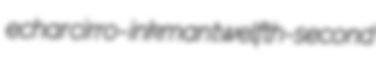
echar cirro- inkman twelfth-second